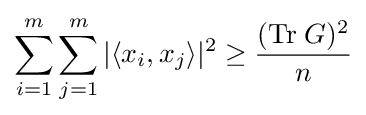
\sum _{i=1}^{m}\sum _{j=1}^{m}|\langle x_{i},x_{j}\rangle |^{2}\geq {\frac {(\mathrm {Tr} \;G)^{2}}{n}}